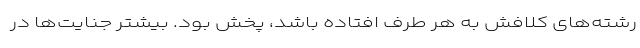
رشته‌های کلافش به هر طرف افتاده باشد، پخش بود. بیشتر جنایت‌ها در